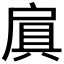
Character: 𫼐